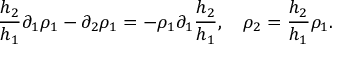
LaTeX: \frac { h _ { 2 } } { h _ { 1 } } \partial _ { 1 } \rho _ { 1 } - \partial _ { 2 } \rho _ { 1 } = - \rho _ { 1 } \partial _ { 1 } \frac { h _ { 2 } } { h _ { 1 } } , \quad \rho _ { 2 } = \frac { h _ { 2 } } { h _ { 1 } } \rho _ { 1 } .